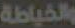
والخياطة